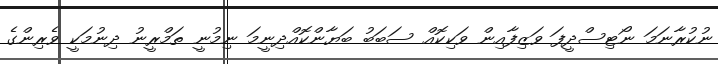
ނުކުރާނަމަ ނޯޓިސްދީފަ ވަޒިފާއިން ވަކިކޮއް ސަބަބު ބަޔާންކޮއްދިނީމަ ނިމުނީ ތަމްރީނު ދިނުމަކީ ވެރިންގެ